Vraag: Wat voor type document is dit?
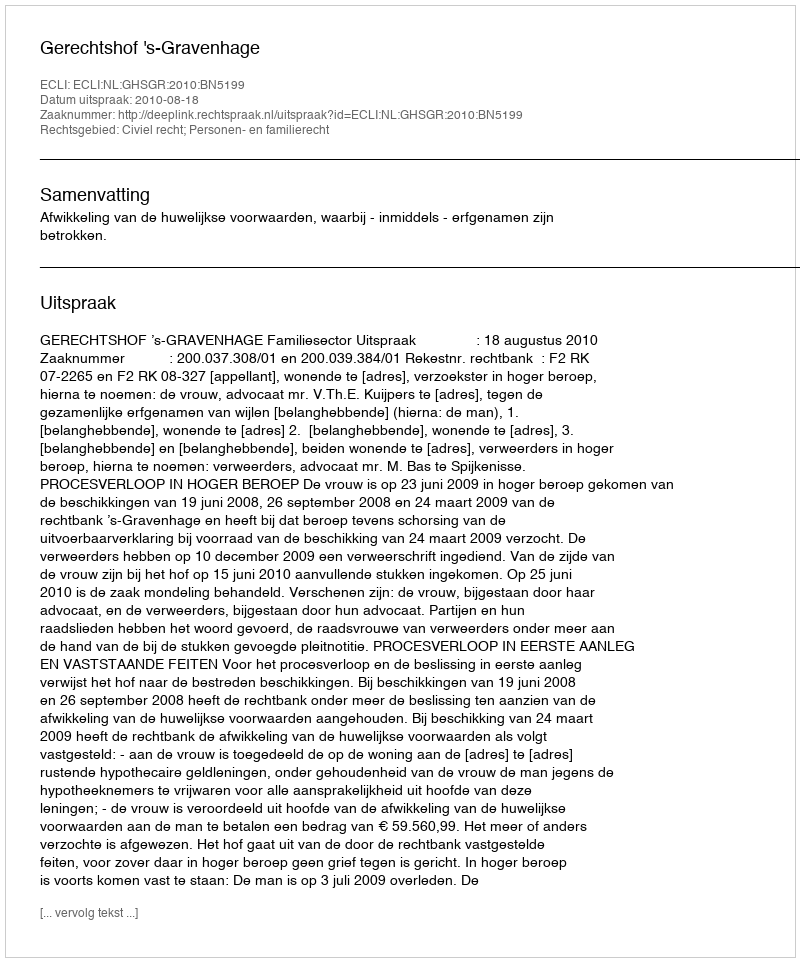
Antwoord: Uitspraak